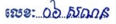
លេខៈ ០៦ សណន